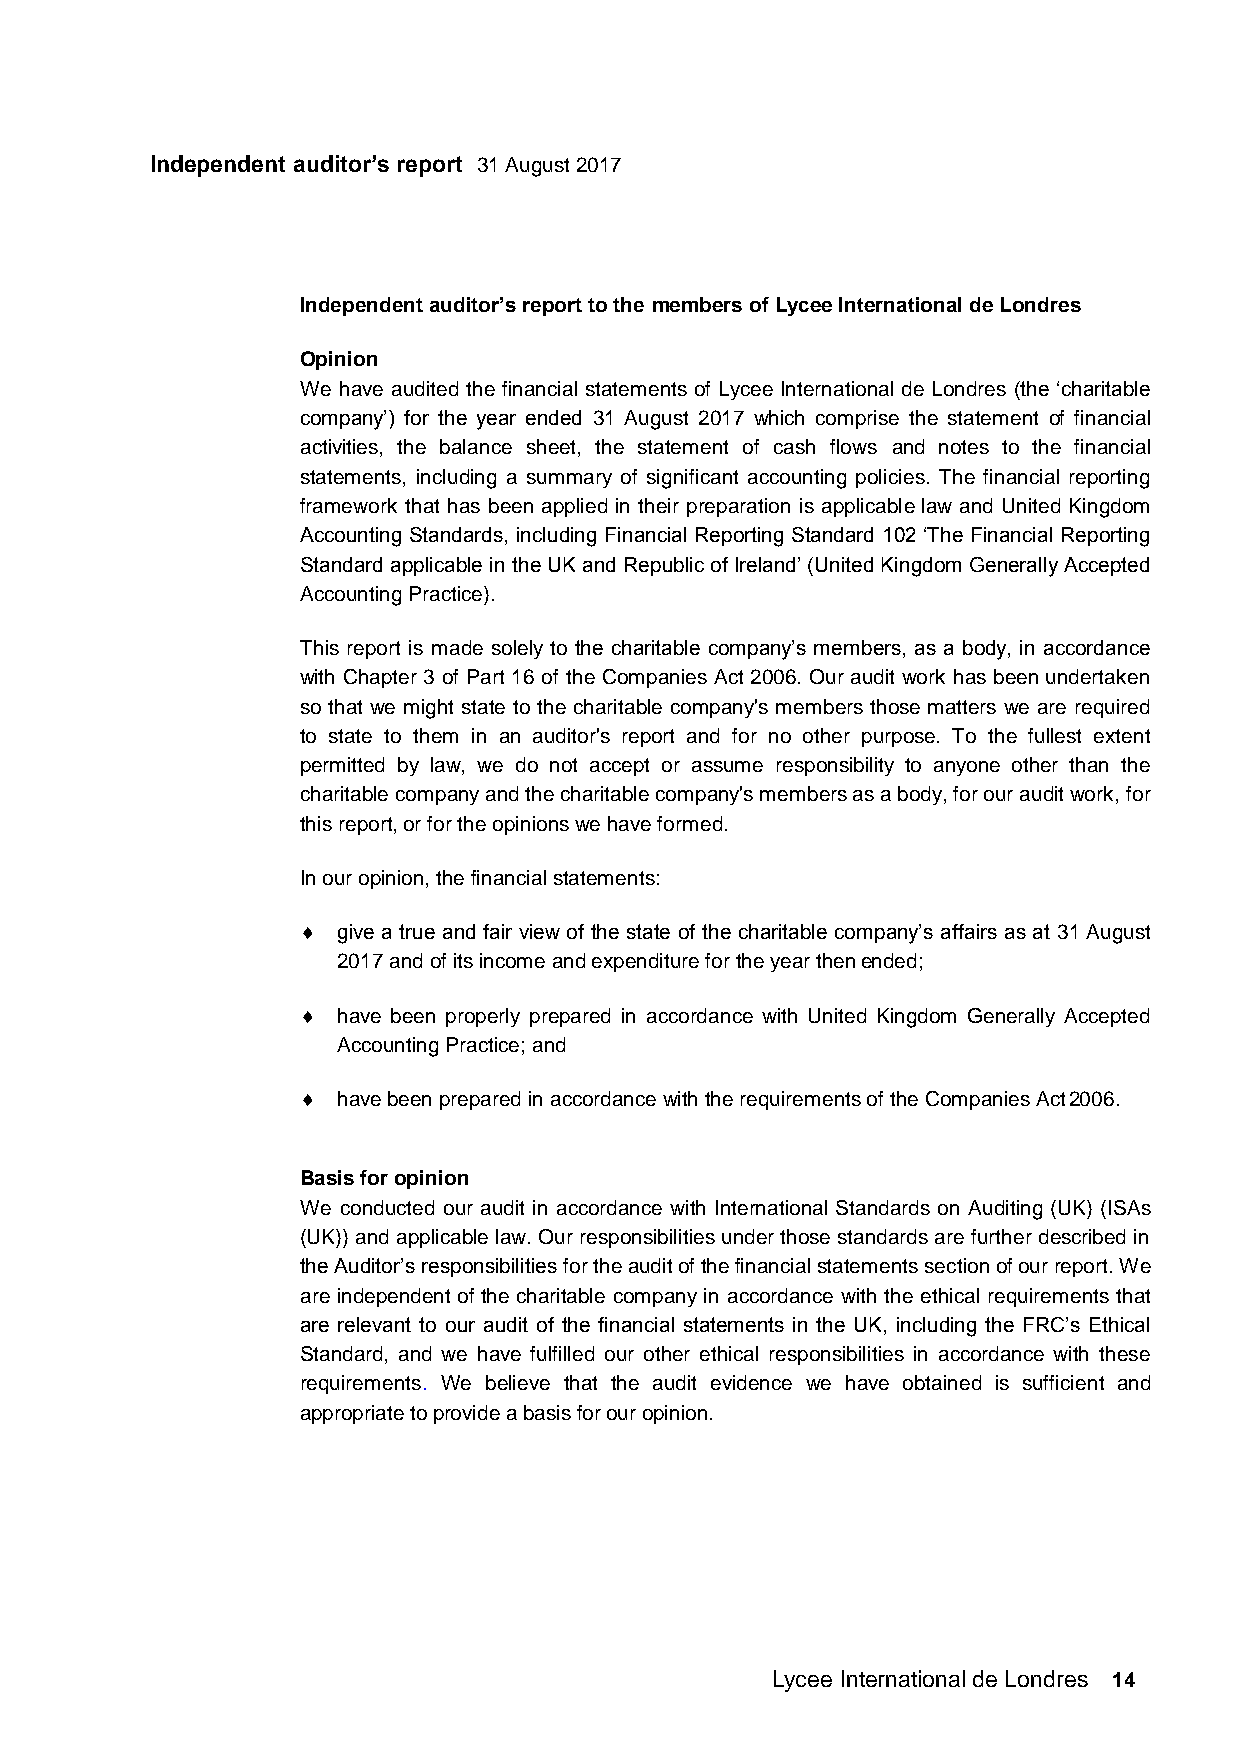
Independent auditor’s report 31 August 2017
 Independent auditor’s report to the members of Lycee International de Londres
 Opinion
 We have audited the financial statements of Lycee International de Londres (the ‘charitable
 company’) for the year ended 31 August 2017 which comprise the statement of financial
 activities, the balance sheet, the statement of cash flows and notes to the financial
 statements, including a summary of significant accounting policies. The financial reporting
 framework that has been applied in their preparation is applicable law and United Kingdom
 Accounting Standards, including Financial Reporting Standard 102 ‘The Financial Reporting
 Standard applicable in the UK and Republic of Ireland’ (United Kingdom Generally Accepted
 Accounting Practice).
 This report is made solely to the charitable company’s members, as a body, in accordance
 with Chapter 3 of Part 16 of the Companies Act 2006. Our audit work has been undertaken
 so that we might state to the charitable company's members those matters we are required
 to state to them in an auditor's report and for no other purpose. To the fullest extent
 permitted by law, we do not accept or assume responsibility to anyone other than the
 charitable company and the charitable company's members as a body, for our audit work, for
 this report, or for the opinions we have formed.
 In our opinion, the financial statements:
  give a true and fair view of the state of the charitable company’s affairs as at 31 August
 2017 and of its income and expenditure for the year then ended;
  have been properly prepared in accordance with United Kingdom Generally Accepted
 Accounting Practice; and
  have been prepared in accordance with the requirements of the Companies Act 2006.
 Basis for opinion
 We conducted our audit in accordance with International Standards on Auditing (UK) (ISAs
 (UK)) and applicable law. Our responsibilities under those standards are further described in
 the Auditor’s responsibilities for the audit of the financial statements section of our report. We
 are independent of the charitable company in accordance with the ethical requirements that
 are relevant to our audit of the financial statements in the UK, including the FRC’s Ethical
 Standard, and we have fulfilled our other ethical responsibilities in accordance with these
 requirements. We believe that the audit evidence we have obtained is sufficient and
 appropriate to provide a basis for our opinion.
 Lycee International de Londres 14